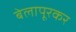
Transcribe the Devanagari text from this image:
बेलापूरकर